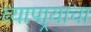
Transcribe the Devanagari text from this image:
व्यापार्‍यांचा